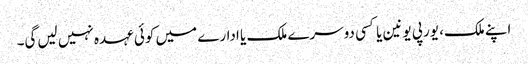
اپنے ملک، یورپی یونین یا کسی دوسرے ملک یا ادارے میں‌ کوئی عہدہ نہیں لیں‌گی۔